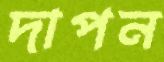
দাপন